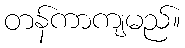
တန်ကာကျမည်။